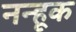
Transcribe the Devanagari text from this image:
नन्हूक